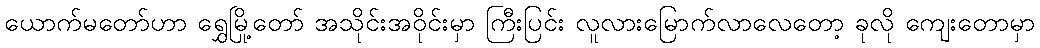
ယောက်မတော်ဟာ ရွှေမြို့တော် အသိုင်းအဝိုင်းမှာ ကြီးပြင်း လူလားမြောက်လာလေတော့ ခုလို ကျေးတောမှာ